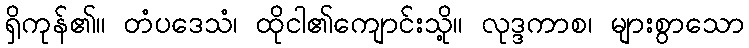
ရှိကုန်၏။ တံပဒေသံ၊ ထိုငါ၏ကျောင်းသို့။ လုဒ္ဒကာစ၊ များစွာသော